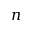
n